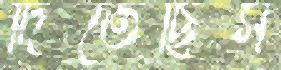
দিতেছিস